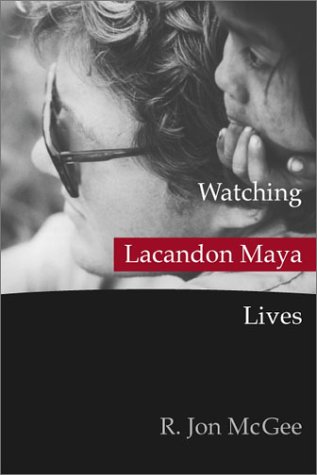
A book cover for Watching Lacandon Maya Lives; R. Jon McGee; History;